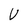
Character: V